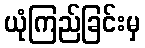
ယုံကြည်ခြင်းမှ